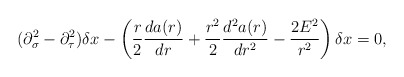
\begin{align*}(\partial^2_\sigma-\partial^2_\tau)\delta x-\left( \frac{r}{2}\frac{da(r)}{dr}+\frac{r^2}{2}\frac{d^2a(r)}{dr^2}-\frac{2E^2}{r^2}\right)\delta x=0,\end{align*}